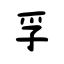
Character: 孚